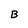
Character: B